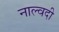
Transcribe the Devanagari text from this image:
नाल्वदी